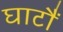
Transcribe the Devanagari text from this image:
घाटौं